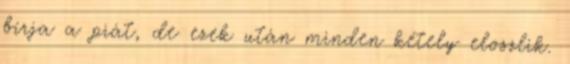
bírja a piát, de ezek után minden kétely eloszlik.